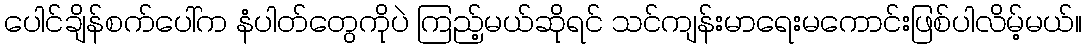
ပေါင်ချိန်စက်ပေါ်က နံပါတ်တွေကိုပဲ ကြည့်မယ်ဆိုရင် သင်ကျန်းမာရေးမကောင်းဖြစ်ပါလိမ့်မယ်။